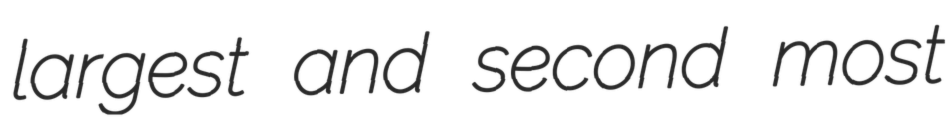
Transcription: largest and second most